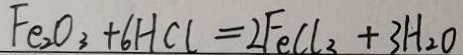
F e _ { 2 } O _ { 3 } + 6 H C l = 2 F e C l _ { 3 } + 3 H _ { 2 } O